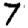
Digit: 7